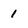
Character: 1